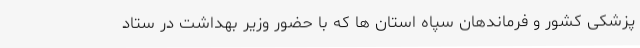
پزشکی کشور و فرماندهان سپاه استان ها که با حضور وزیر بهداشت در ستاد